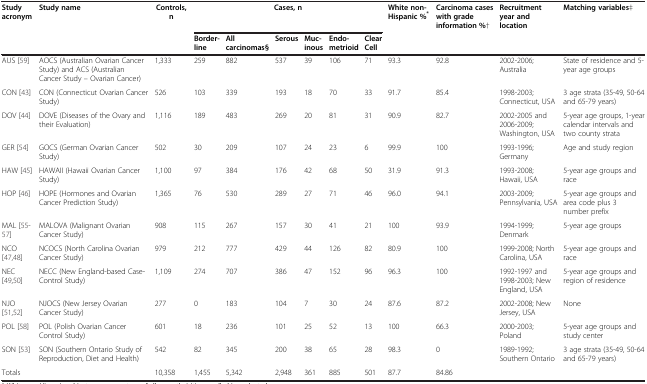
<table><thead><tr><td><b>Study acronym</b></td><td><b>Study name</b></td><td><b>Controls, n</b></td><td colspan="6"><b>Cases, n</b></td><td><b>White non-Hispanic %<sup>*</sup></b></td><td><b>Carcinoma cases with grade information %†</b></td><td><b>Recruitment year and location</b></td><td><b>Matching variables‡</b></td></tr><tr><td>[EMPTY_CELL]</td><td>[EMPTY_CELL]</td><td>[EMPTY_CELL]</td><td><b>Border-line</b></td><td><b>All carcinomas§</b></td><td><b>Serous</b></td><td><b>Muc-inous</b></td><td><b>Endo-metrioid</b></td><td><b>Clear Cell</b></td><td>[EMPTY_CELL]</td><td>[EMPTY_CELL]</td><td>[EMPTY_CELL]</td><td>[EMPTY_CELL]</td></tr></thead><tbody><tr><td>AUS [59]</td><td>AOCS (Australian Ovarian Cancer Study) and ACS (Australian Cancer Study – Ovarian Cancer)</td><td>1,333</td><td>259</td><td>882</td><td>537</td><td>39</td><td>106</td><td>71</td><td>93.3</td><td>92.8</td><td>2002-2006; Australia</td><td>State of residence and 5-year age groups</td></tr><tr><td>CON [43]</td><td>CON (Connecticut Ovarian Cancer Study)</td><td>526</td><td>103</td><td>339</td><td>193</td><td>18</td><td>70</td><td>33</td><td>91.7</td><td>85.4</td><td>1998-2003; Connecticut, USA</td><td>3 age strata (35-49, 50-64 and 65-79 years)</td></tr><tr><td>DOV [44]</td><td>DOVE (Diseases of the Ovary and their Evaluation)</td><td>1,116</td><td>189</td><td>483</td><td>269</td><td>20</td><td>81</td><td>31</td><td>90.9</td><td>82.7</td><td>2002-2005 and 2006-2009; Washington, USA</td><td>5-year age groups, 1-year calendar intervals and two county strata</td></tr><tr><td>GER [54]</td><td>GOCS (German Ovarian Cancer Study)</td><td>502</td><td>30</td><td>209</td><td>107</td><td>24</td><td>23</td><td>6</td><td>99.9</td><td>100</td><td>1993-1996; Germany</td><td>Age and study region</td></tr><tr><td>HAW [45]</td><td>HAWAII (Hawaii Ovarian Cancer Study)</td><td>1,100</td><td>97</td><td>384</td><td>176</td><td>42</td><td>68</td><td>50</td><td>31.9</td><td>91.3</td><td>1993-2008; Hawaii, USA</td><td>5-year age groups and race</td></tr><tr><td>HOP [46]</td><td>HOPE (Hormones and Ovarian Cancer Prediction Study)</td><td>1,365</td><td>76</td><td>530</td><td>289</td><td>27</td><td>71</td><td>46</td><td>96.0</td><td>94.1</td><td>2003-2009; Pennsylvania, USA</td><td>5-year age groups and area code plus 3 number prefix</td></tr><tr><td>MAL [55-57]</td><td>MALOVA (Malignant Ovarian Cancer Study)</td><td>908</td><td>115</td><td>267</td><td>157</td><td>30</td><td>41</td><td>21</td><td>100</td><td>93.9</td><td>1994-1999; Denmark</td><td>5-year age groups</td></tr><tr><td>NCO [47,48]</td><td>NCOCS (North Carolina Ovarian Cancer Study)</td><td>979</td><td>212</td><td>777</td><td>429</td><td>44</td><td>126</td><td>82</td><td>80.9</td><td>100</td><td>1999-2008; North Carolina, USA</td><td>5-year age groups and race</td></tr><tr><td>NEC [49,50]</td><td>NECC (New England-based Case-Control Study)</td><td>1,109</td><td>274</td><td>707</td><td>386</td><td>47</td><td>152</td><td>96</td><td>96.3</td><td>100</td><td>1992-1997 and 1998-2003; New England, USA</td><td>5-year age groups and region of residence</td></tr><tr><td>NJO [51,52]</td><td>NJOCS (New Jersey Ovarian Cancer Study)</td><td>277</td><td>0</td><td>183</td><td>104</td><td>7</td><td>30</td><td>24</td><td>87.6</td><td>87.2</td><td>2002-2008; New Jersey, USA</td><td>None</td></tr><tr><td>POL [58]</td><td>POL (Polish Ovarian Cancer Control Study)</td><td>601</td><td>18</td><td>236</td><td>101</td><td>25</td><td>52</td><td>13</td><td>100</td><td>66.3</td><td>2000-2003; Poland</td><td>5-year age groups and study center</td></tr><tr><td>SON [53]</td><td>SON (Southern Ontario Study of Reproduction, Diet and Health)</td><td>542</td><td>82</td><td>345</td><td>200</td><td>38</td><td>65</td><td>28</td><td>98.3</td><td>0</td><td>1989-1992; Southern Ontario</td><td>3 age strata (35-49, 50-64 and 65-79 years)</td></tr><tr><td>Totals</td><td>[EMPTY_CELL]</td><td>10,358</td><td>1,455</td><td>5,342</td><td>2,948</td><td>361</td><td>885</td><td>501</td><td>87.7</td><td>84.86</td><td>[EMPTY_CELL]</td><td>[EMPTY_CELL]</td></tr></tbody></table>